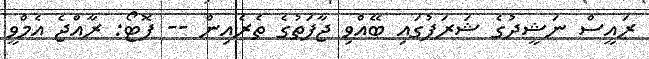
ރައީސް ނަޝީދުގެ ޝަރަފުގައި ބޭއްވި ޖާފަތުގެ ތެރެއިން -- ފޮޓޯ: ރާއްޖެ އެމްވީ